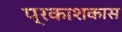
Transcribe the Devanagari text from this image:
प्रकाशकास